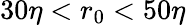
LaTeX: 30\eta<r_{0}<50\eta